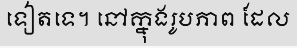
ទៀតទេ។ នៅក្នុងរូបភាព ដែល